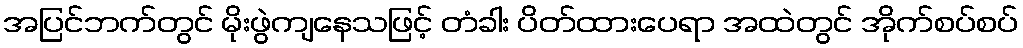
အပြင်ဘက်တွင် မိုးဖွဲကျနေသဖြင့် တံခါး ပိတ်ထားပေရာ အထဲတွင် အိုက်စပ်စပ်